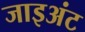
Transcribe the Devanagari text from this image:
जाइअंट